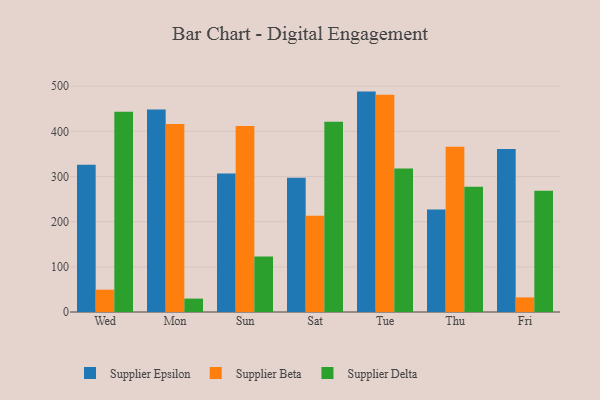
{"axis": {"x": "Day", "y": "Website Visitors"}, "legend": ["Supplier Beta", "Supplier Delta", "Supplier Epsilon"], "data": [{"x": "Wed", "y": 326.0, "type": "Supplier Epsilon"}, {"x": "Wed", "y": 49.4, "type": "Supplier Beta"}, {"x": "Wed", "y": 443.2, "type": "Supplier Delta"}, {"x": "Mon", "y": 448.3, "type": "Supplier Epsilon"}, {"x": "Mon", "y": 416.2, "type": "Supplier Beta"}, {"x": "Mon", "y": 29.7, "type": "Supplier Delta"}, {"x": "Sun", "y": 306.5, "type": "Supplier Epsilon"}, {"x": "Sun", "y": 412.1, "type": "Supplier Beta"}, {"x": "Sun", "y": 123.0, "type": "Supplier Delta"}, {"x": "Sat", "y": 297.2, "type": "Supplier Epsilon"}, {"x": "Sat", "y": 213.1, "type": "Supplier Beta"}, {"x": "Sat", "y": 421.6, "type": "Supplier Delta"}, {"x": "Tue", "y": 488.1, "type": "Supplier Epsilon"}, {"x": "Tue", "y": 481.4, "type": "Supplier Beta"}, {"x": "Tue", "y": 317.8, "type": "Supplier Delta"}, {"x": "Thu", "y": 227.2, "type": "Supplier Epsilon"}, {"x": "Thu", "y": 366.0, "type": "Supplier Beta"}, {"x": "Thu", "y": 277.3, "type": "Supplier Delta"}, {"x": "Fri", "y": 360.8, "type": "Supplier Epsilon"}, {"x": "Fri", "y": 32.4, "type": "Supplier Beta"}, {"x": "Fri", "y": 268.4, "type": "Supplier Delta"}]}